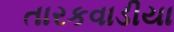
તારકવાડીયા